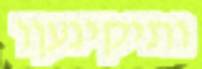
ותיקינעןו